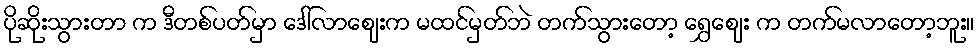
ပိုဆိုးသွားတာ က ဒီတစ်ပတ်မှာ ဒေါ်လာဈေးက မထင်မှတ်ဘဲ တက်သွားတော့ ရွှေဈေး က တက်မလာတော့ဘူး။